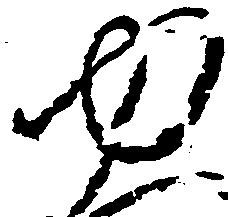
ゆ